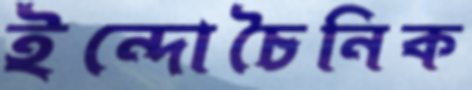
ইন্দোচৈনিক